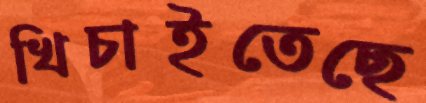
খিচাইতেছে